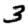
Digit: 3